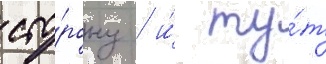
сто́рону / и́ ту́т